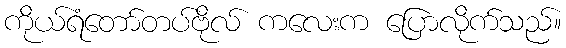
ကိုယ်ရံတော်တပ်ဗိုလ် ကလေးက ပြောလိုက်သည်။